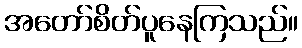
အတော်စိတ်ပူနေကြသည်။